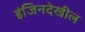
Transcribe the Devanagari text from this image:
इंजिनदेखील